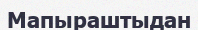
Мапыраштыдан